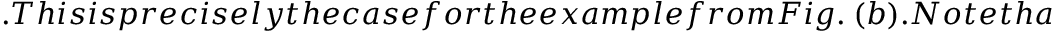
. T h i s i s p r e c i s e l y t h e c a s e f o r t h e e x a m p l e f r o m F i g . ~ ( b ) . N o t e t h a t t h e i n d e p e n d e n c e o f t h e d i a g o n a l e n t r i e s o f